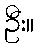
ဦး။